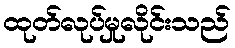
ထုတ်လုပ်မှုလိုင်းသည်